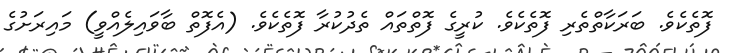
ފޮތެކެވެ. ބަރަކާތްތެރި ފޮތެކެވެ. ކުރީގެ ފޮތްތައް ތެދުކުރާ ފޮތެކެވެ. (އެފޮތް ބާވައިލެއްވީ) މައިރަށުގެ